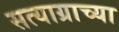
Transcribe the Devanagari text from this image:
सत्याग्राच्या